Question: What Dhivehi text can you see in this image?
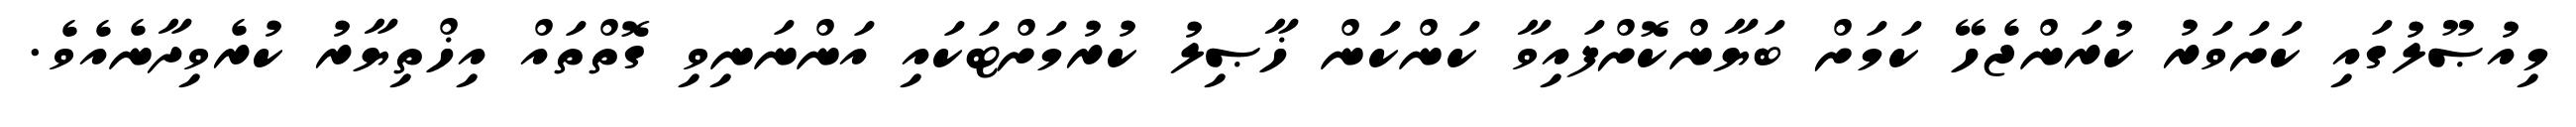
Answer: މިއުޞޫލުގައި ކަށަވަރު ކުރަންޖެހޭ ކަމަށް ބަޔާންކޮށްފައިވާ ކަންކަން ޚާޞިލު ކުރުމަށްޓަކައި އަންނަނިވި ގޮތްތައް އިޚްތިޔާރު ކުރެވިދާނެއެވެ.